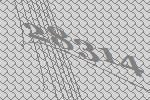
28314